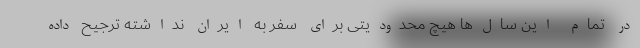
در تمام این سال‌ها هیچ محدودیتی برای سفر به ایران نداشته ترجیح داده